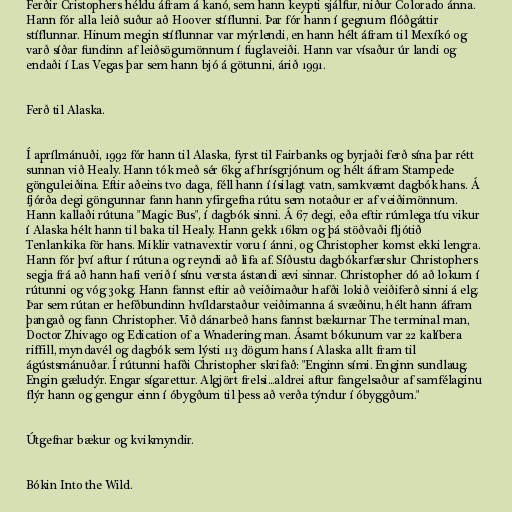
Ferðir Cristophers héldu áfram á kanó, sem hann keypti sjálfur, niður Colorado ánna.
Hann fór alla leið suður að Hoover stíflunni. Þar fór hann í gegnum flóðgáttir
stíflunnar. Hinum megin stíflunnar var mýrlendi, en hann hélt áfram til Mexíkó og
varð síðar fundinn af leiðsögumönnum í fuglaveiði. Hann var vísaður úr landi og
endaði í Las Vegas þar sem hann bjó á götunni, árið 1991.

Ferð til Alaska.

Í aprílmánuði, 1992 fór hann til Alaska, fyrst til Fairbanks og byrjaði ferð sína þar rétt
sunnan við Healy. Hann tók með sér 6kg af hrísgrjónum og hélt áfram Stampede
gönguleiðina. Eftir aðeins tvo daga, féll hann í ísilagt vatn, samkvæmt dagbók hans. Á
fjórða degi göngunnar fann hann yfirgefna rútu sem notaður er af veiðimönnum.
Hann kallaði rútuna "Magic Bus", í dagbók sinni. Á 67 degi, eða eftir rúmlega tíu vikur
í Alaska hélt hann til baka til Healy. Hann gekk 16km og þá stöðvaði fljótið
Tenlankika för hans. Miklir vatnavextir voru í ánni, og Christopher komst ekki lengra.
Hann fór því aftur í rútuna og reyndi að lifa af. Síðustu dagbókarfærslur Christophers
segja frá að hann hafi verið í sínu versta ástandi ævi sinnar. Christopher dó að lokum í
rútunni og vóg 30kg. Hann fannst eftir að veiðimaður hafði lokið veiðiferð sinni á elg.
Þar sem rútan er hefðbundinn hvíldarstaður veiðimanna á svæðinu, hélt hann áfram
þangað og fann Christopher. Við dánarbeð hans fannst bækurnar The terminal man,
Doctor Zhivago og Edication of a Wnadering man. Ásamt bókunum var 22 kalíbera
riffill, myndavél og dagbók sem lýsti 113 dögum hans í Alaska allt fram til
ágústsmánuðar. Í rútunni hafði Christopher skrifað: "Enginn sími. Enginn sundlaug.
Engin gæludýr. Engar sígarettur. Algjört frelsi...aldrei aftur fangelsaður af samfélaginu
flýr hann og gengur einn í óbygðum til þess að verða týndur í óbyggðum."

Útgefnar bækur og kvikmyndir.

Bókin Into the Wild.